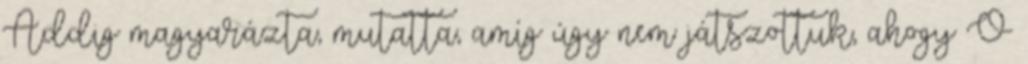
Addig magyarázta, mutatta, amíg úgy nem játszottuk, ahogy Ő